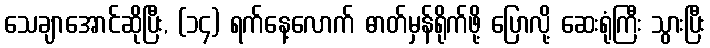
သေချာအောင်ဆိုပြီး, (၁၄) ရက်နေ့လောက် ဓာတ်မှန်ရိုက်ဖို့ ပြောလို့ ဆေးရုံကြီး သွားပြီး